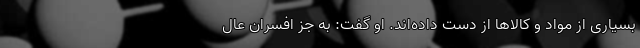
بسیاری از مواد و کالاها از دست داده‌اند. او گفت: به جز افسران عال